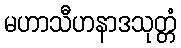
မဟာသီဟနာဒသုတ္တံ